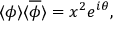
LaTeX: \langle \phi \rangle \langle { \overline { { \phi } } } \rangle = x ^ { 2 } e ^ { i \theta } ,